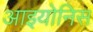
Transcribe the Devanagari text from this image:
आइयोनिस